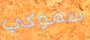
سموكي